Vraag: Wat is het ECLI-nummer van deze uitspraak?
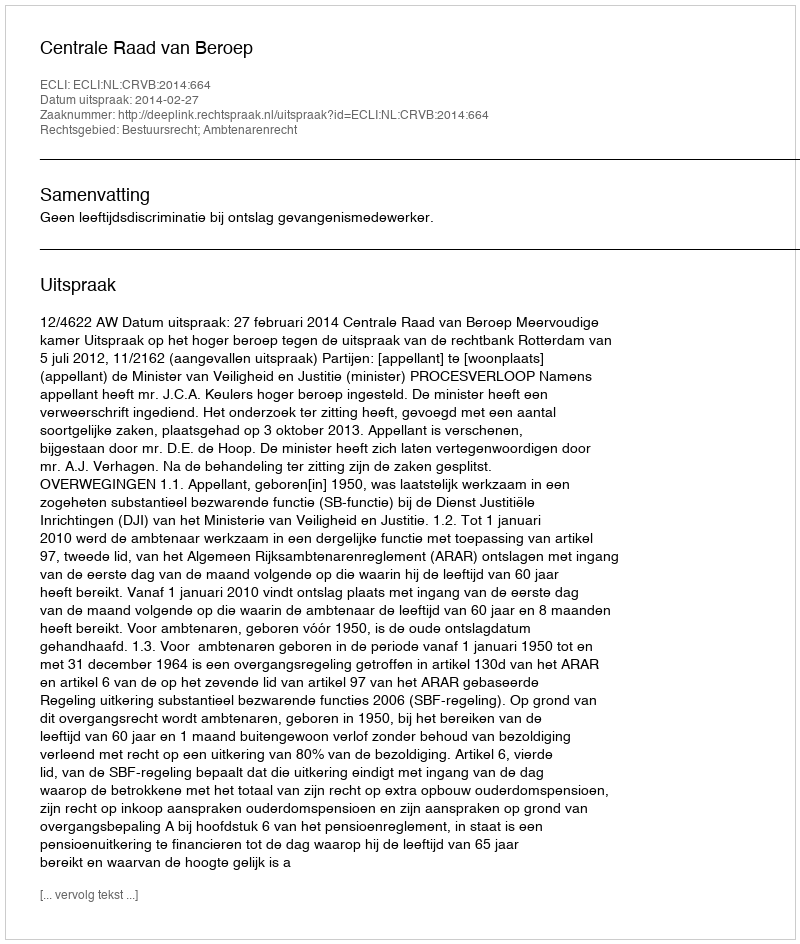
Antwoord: ECLI:NL:CRVB:2014:664